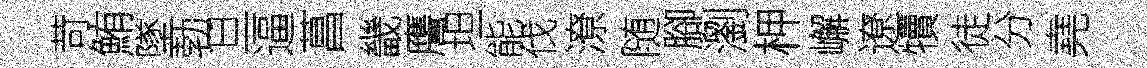
苛鮪墜勃旦逼菖畿譍坦能伐潦随腳瀏柙嶰遼犢徒分堯